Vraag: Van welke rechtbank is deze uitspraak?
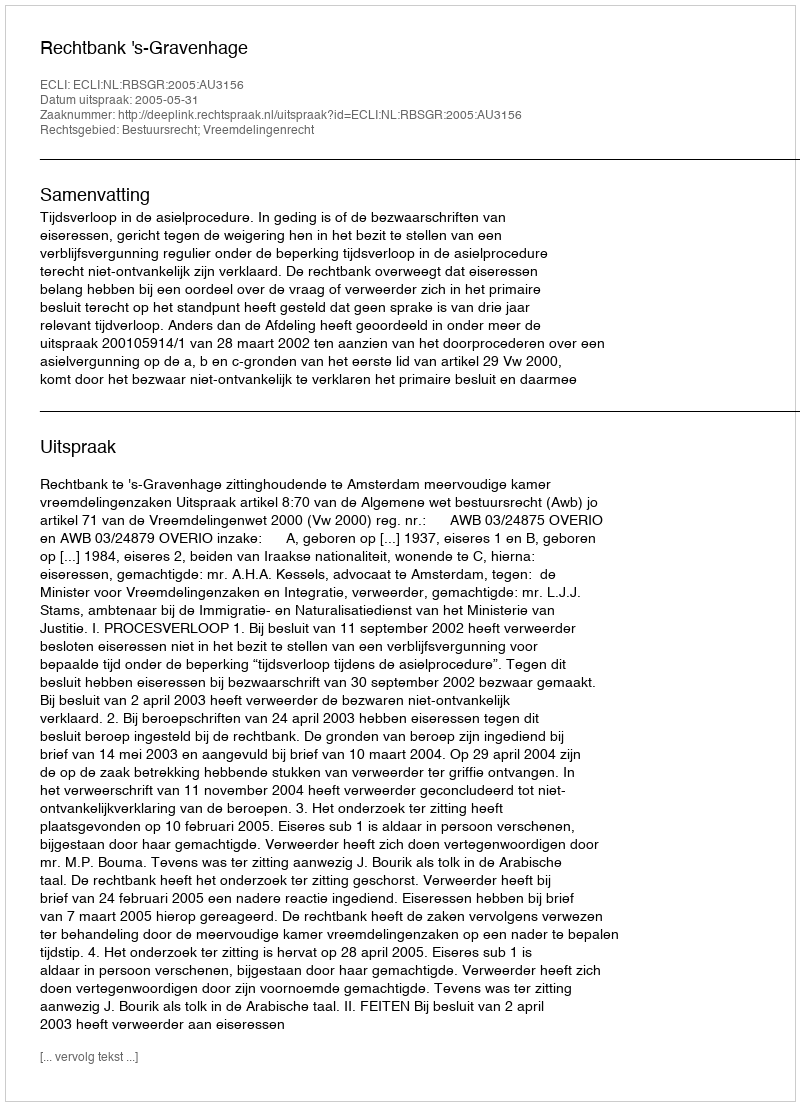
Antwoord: Rechtbank 's-Gravenhage